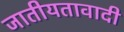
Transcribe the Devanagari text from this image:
जातीयतावादी